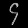
Digit: ၄